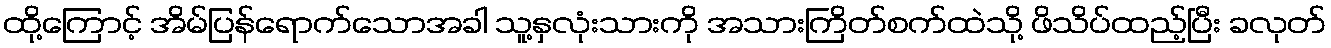
ထို့ကြောင့် အိမ်ပြန်ရောက်သောအခါ သူ့နှလုံးသားကို အသားကြိတ်စက်ထဲသို့ ဖိသိပ်ထည့်ပြီး ခလုတ်